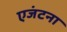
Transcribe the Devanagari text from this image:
एजंटना